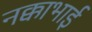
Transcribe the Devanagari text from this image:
नक्काभाई